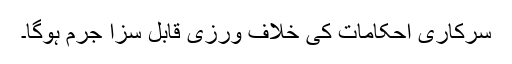
سرکاری احکامات کی خلاف ورزی قابل سزا جرم ہوگا۔